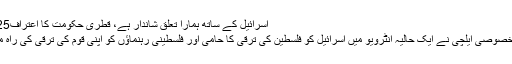
14 Feb 2017 18:25اسرائیل کے ساتھ ہمارا تعلق شاندار ہے، قطری حکومت کا اعتراف
غزہ کے لئے قطر کے خصوصی ایلچی نے ایک حالیہ انٹرویو میں اسرائیل کو فلسطین کی ترقی کا حامی اور فلسطینی رہنماﺅں کو اپنی قوم کی ترقی کی راہ میں رکاوٹ قرار دیا ہے۔